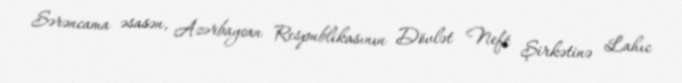
Sərəncama əsasən, Azərbaycan Respublikasının Dövlət Neft Şirkətinə Lahıc